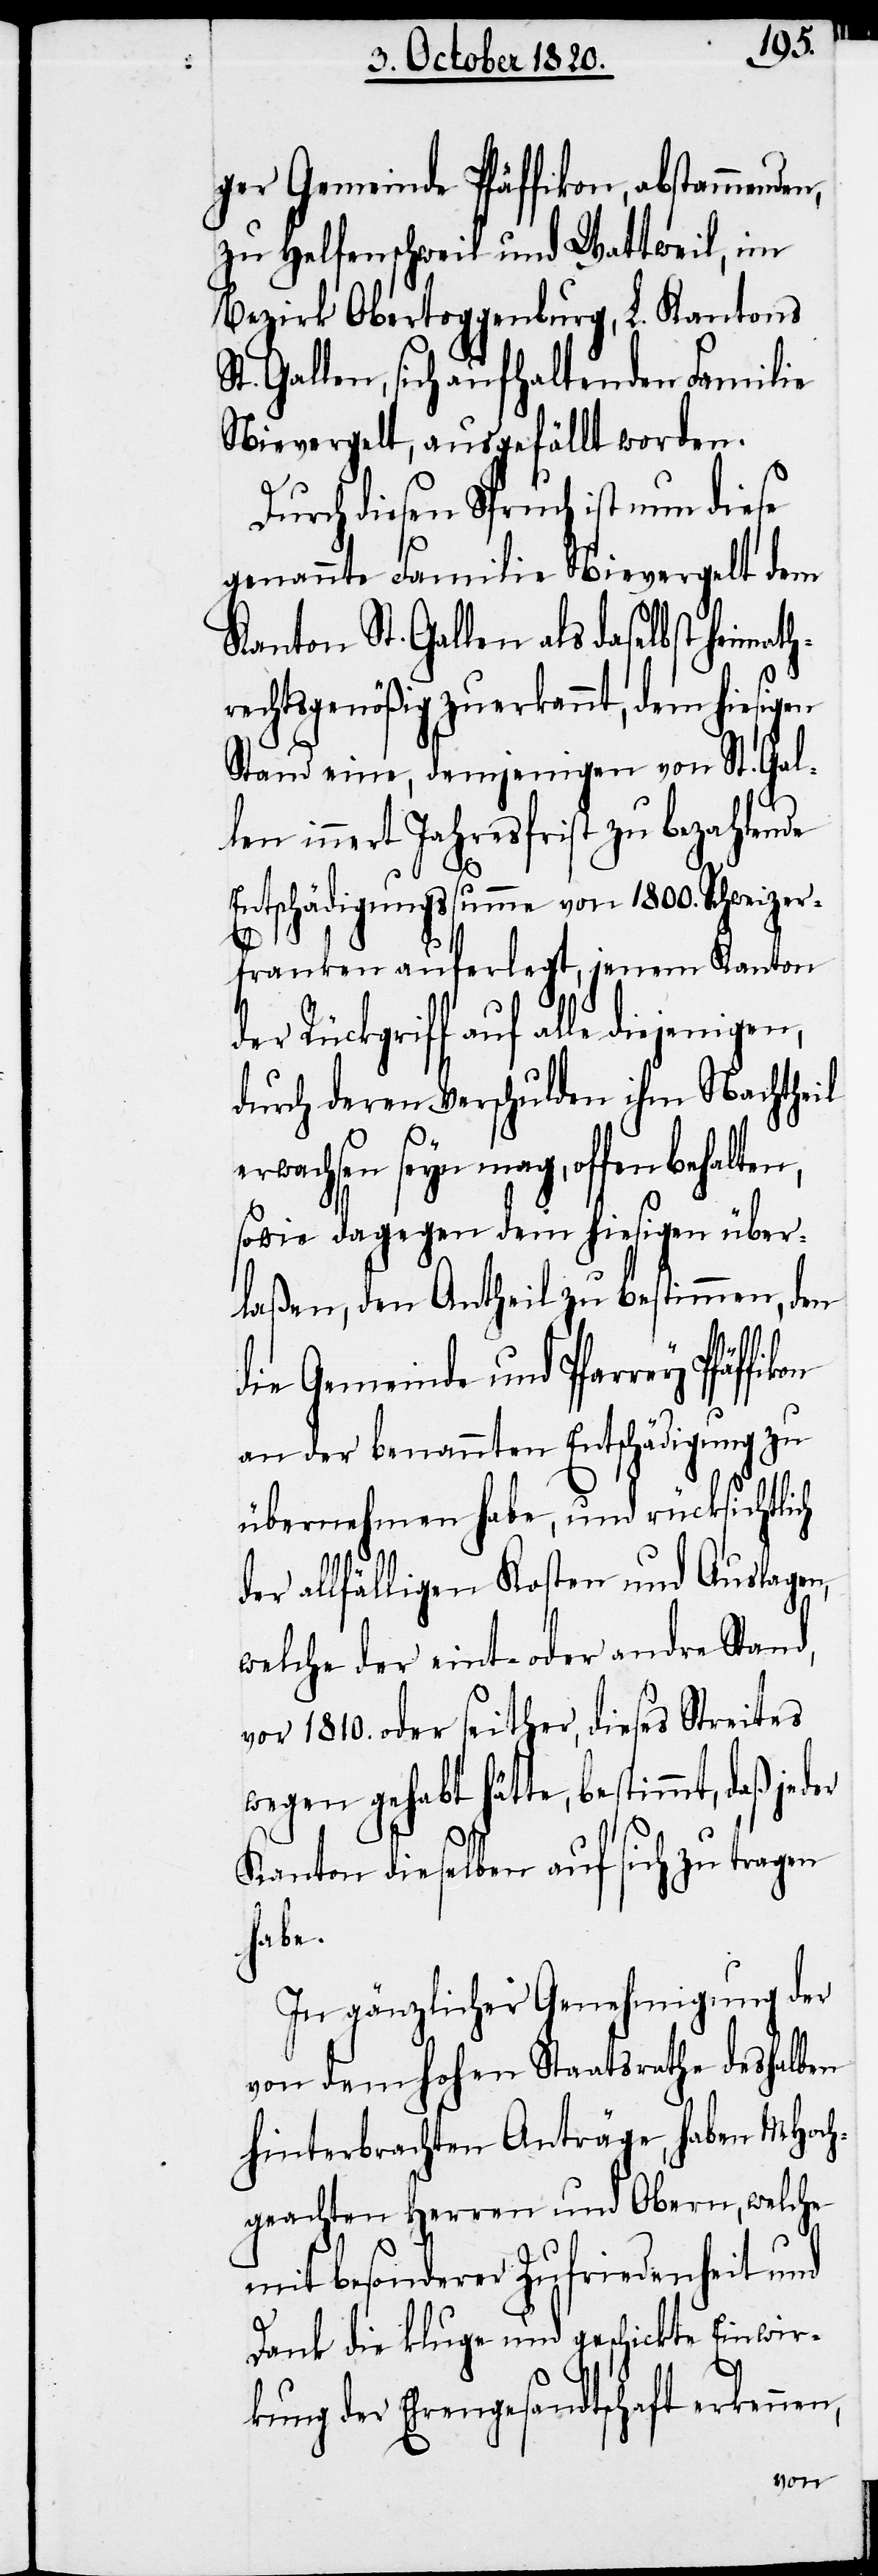
ger Gemeinde Pfäffikon, abstammenden,
zu Helfenschweil und Wattweil, im
Bezirk Obertoggenburg, L. Kantons
t. Gallen, sich aufhaltenden Familie
Nievergelt, ausgefällt worden.
Durch diesen Spruch ist nun diese
genannte Familie Nievergelt dem
Kanton St. Gallen als daselbst Heimath¬
rechtsgenößig zuerkannt, dem hiesigen
Stand eine, demjenigen von St. Gal¬
len innert Jahresfrist zu bezahlende
nen,
Entschädigungssumme von 1800. Schweizer¬
franken auferlegt, jenem Kanton
der Rückgriff auf alle diejenigen,
durch deren Verschulden ihm Nachtheil
erwachsen seyn mag, offen
sowie dagegen dem hiesigen über¬
laßen, den Antheil zu bestimmen, den
die Gemeinde und Pfarrey Pfäf¬
an der benannten Entschädigung zu
übernehmen habe, und rücksichtlich
der allfälligen Kosten und Auslagen,
welche der ein- oder andre Stand,
vor 1810. oder seither, dieses Streites
wegen gehabt hätte, bestimmt, daß je¬
Kanton dieselben auf sich zu tragen
habe.
In gänzlicher Genehmigung der
von dem hohen Staatsrathe deshalben
hinterbrachten Anträge, haben MHoch¬
geachten Herren und Obern, welche
mit besonderer Zufriedenheit und
Dank die kluge und geschickte Einwir¬
kung der Ehrengesandtschaft erken¬